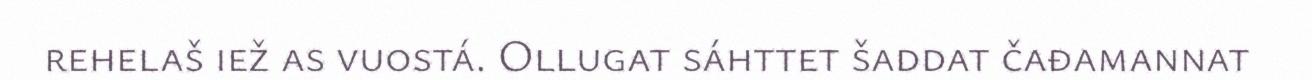
rehelaš iež as vuostá. Ollugat sáhttet šaddat čađamannat